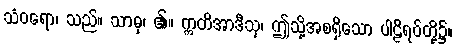
သံဝရော၊ သည်။ သာဓု၊ ၏။ ဣတိအာဒီသု၊ ဤသို့အစရှိသော ပါဠိရပ်တို့၌။